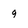
Character: 9